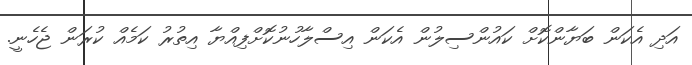
އަދި އެކަން ބަޔާންކޮށް ކައުންސިލުން އެކަން އިސްލާހުނުކޮށްފިއްޔާ އިތުރު ކަމެއް ކުރަން ޖެހެނީ.